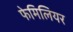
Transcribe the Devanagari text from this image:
फेमिलियर